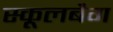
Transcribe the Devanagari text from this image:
स्कूलबैग